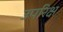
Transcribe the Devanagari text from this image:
उपरिक्ष